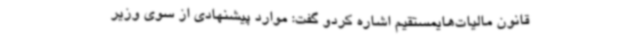
قانون مالیات‌هایمستقیم اشاره کردو گفت: موارد پیشنهادی از ‌سوی وزیر